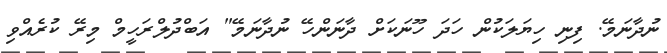
ނުދާނަމޭ. ފިނި ހިޔަލަކުން ހަދަ ހޫނަކަށް ދާނަންހޭ ނުދާނަމޭ" އަބްދުލްރަހީމް މިރޭ ކުރެއްވި